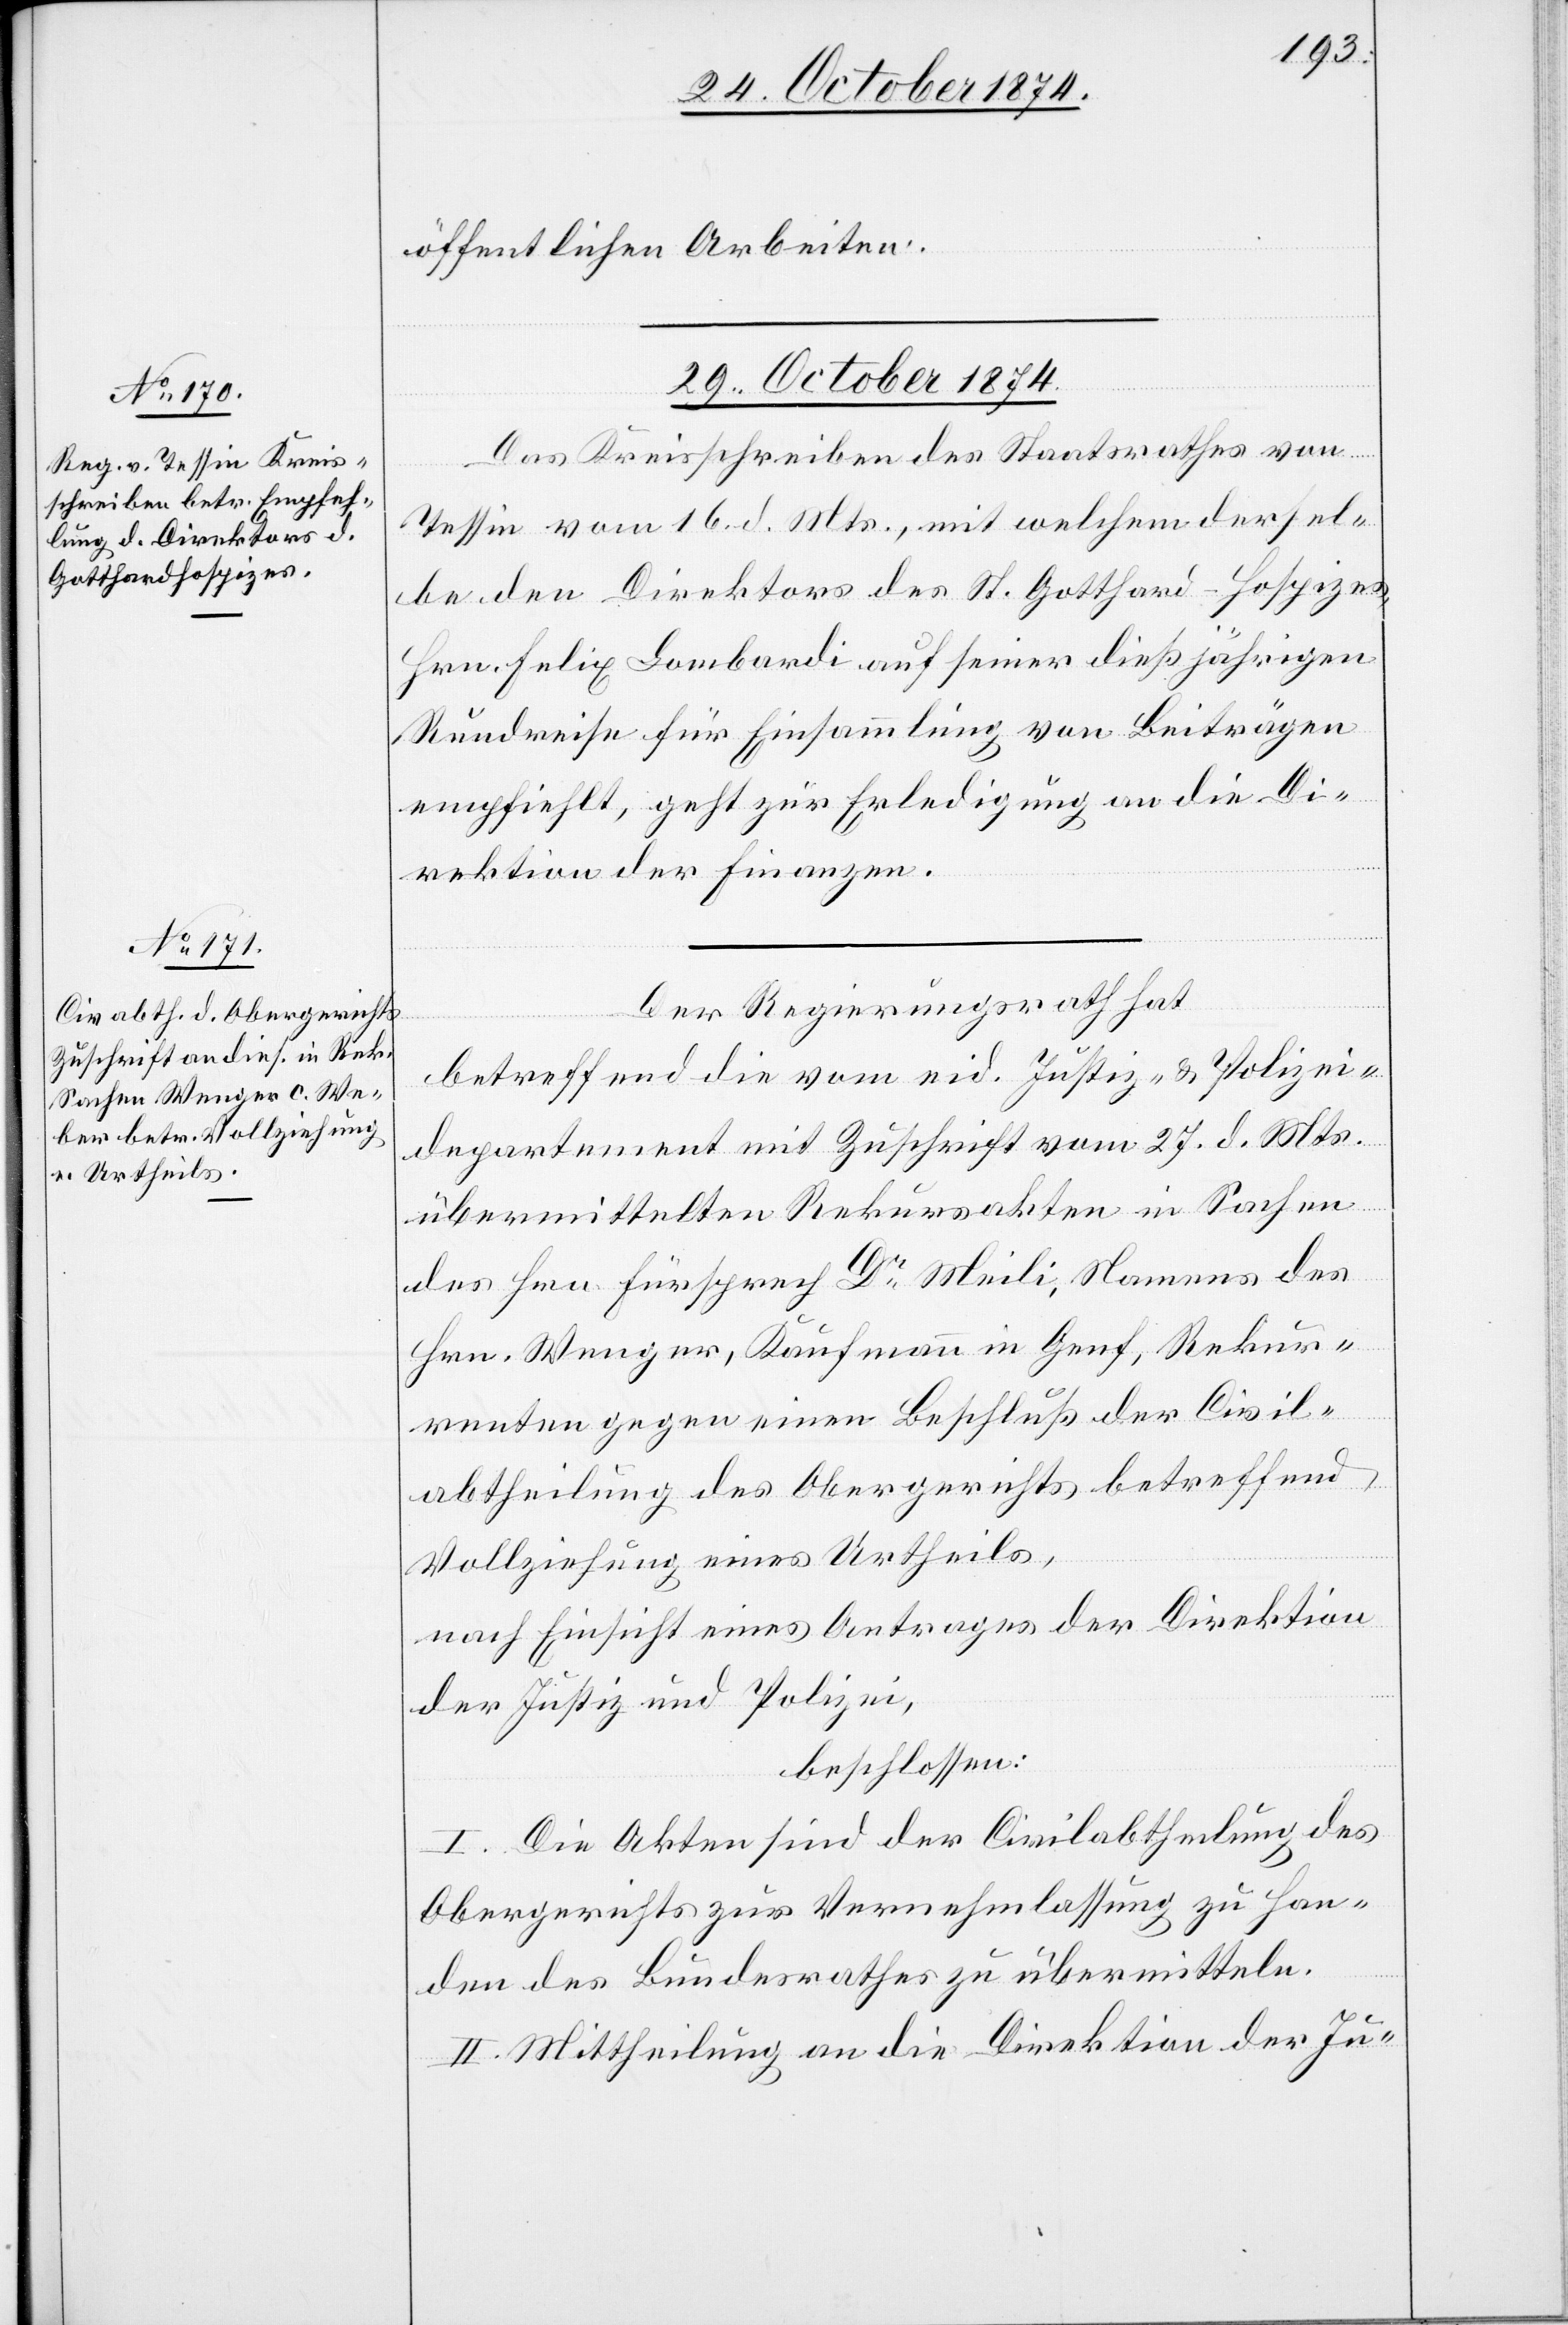
öffentlichen Arbeiten.
fügungen
29. October 1874]
Das Kreisschreiben des Staatsrathes von
Tessin vom 16. d. Mts., mit welchem dersel¬
be den Direktor des St. Gotthard-Hospizes,
Hrn. Felix Lombardi auf seiner dießjährigen
Rundreise für Einsammlung von Beiträgen
empfiehlt, geht zur Erledigung an die Di¬
rektion der Finanzen.
Der Regierungsrath hat
betreffend die vom eid. Justiz- & Polizei¬
departement mit Zuschrift vom 27. d. Mts.
übermittelten Rekursakten in Sachen
des Hrn. Fürsprech Dr Meili, Namens des
Hrn. Wenger, Kaufmann in Genf, Rekur¬
renten gegen einen Beschluß der Civil¬
abtheilung des Obergerichts betreffend
Vollziehung eines Urtheils,
nach Einsicht eines Antrages der Direktion
der Justiz und Polizei,
beschlossen:
I. Die Akten sind der Civilabtheilung des
Obergerichts zur Vernehmlassung zu Han¬
den des Bundesrathes zu übermitteln.
II. Mittheilung an die Direktion der Ju-